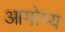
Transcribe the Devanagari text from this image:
आगोप्य